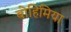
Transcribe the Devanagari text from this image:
बोहिमिया